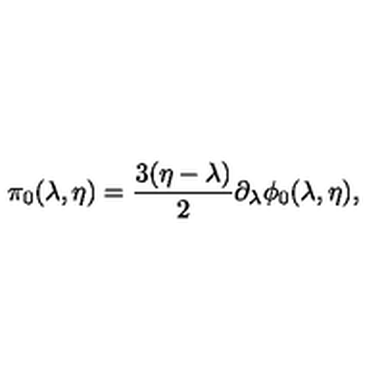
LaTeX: \pi _ { 0 } ( \lambda , \eta ) = { \frac { 3 ( \eta - \lambda ) } { 2 } } \partial _ { \lambda } \phi _ { 0 } ( \lambda , \eta ) ,